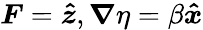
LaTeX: \boldsymbol{F}=\boldsymbol{\hat{z}},\boldsymbol{\nabla}\eta=\beta\boldsymbol{\hat{x}}